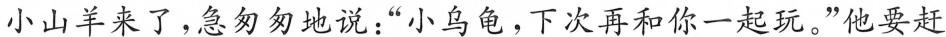
小山羊来了，急匆匆地说：”小乌龟，下次再和你一起玩。”他要赶